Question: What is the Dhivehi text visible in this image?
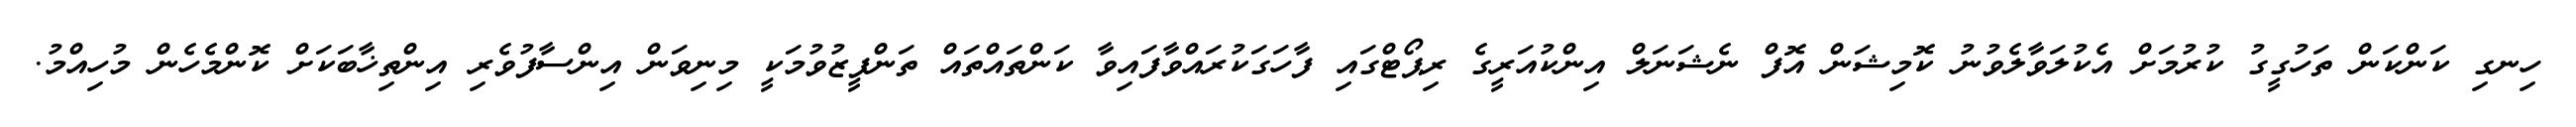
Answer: ހިނގި ކަންކަން ތަހުގީގު ކުރުމަށް އެކުލަވާލެވުނު ކޮމިޝަން އޮފް ނެޝަނަލް އިންކުއަރީގެ ރިޕޯޓްގައި ފާހަގަކުރައްވާފައިވާ ކަންތައްތައް ތަންފީޒުވުމަކީ މިނިވަން އިންސާފުވެރި އިންތިޚާބަކަށް ކޮންމެހެން މުހިއްމު.